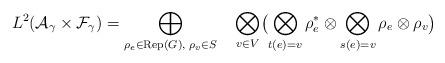
LaTeX: \begin{align*}L^2({\cal A}_\gamma \times {\cal F}_\gamma) =\bigoplus_{\rho_e\in {\rm Rep}(G),\; \rho_v\in S} \quad\bigotimes_{v\in V}\bigl ( \bigotimes_{t(e)=v} \rho_e^* \otimes \bigotimes_{s(e)=v} \rho_e \otimes \rho_v \bigr )\end{align*}